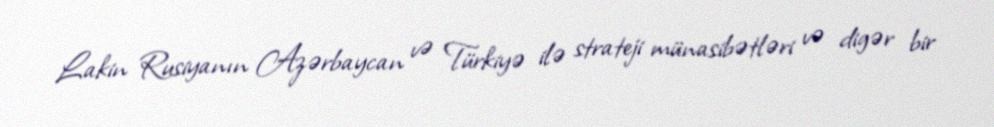
Lakin Rusiyanın Azərbaycan və Türkiyə ilə strateji münasibətləri və digər bir